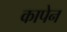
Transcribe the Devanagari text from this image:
कापेन